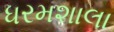
ધરમશાલા